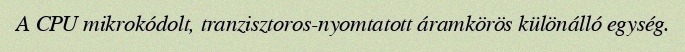
A CPU mikrokódolt, tranzisztoros-nyomtatott áramkörös különálló egység.